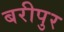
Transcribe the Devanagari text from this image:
बरीपुर